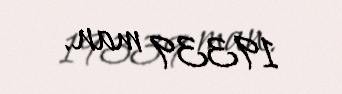
19339 man.